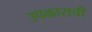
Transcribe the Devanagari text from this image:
उपकाराची